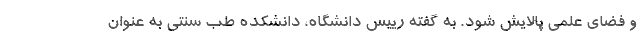
و فضای علمی پالایش شود. به گفته رییس دانشگاه، دانشکده طب سنتی به عنوان